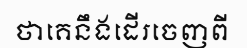
ថាគេនឹងដើរចេញពី